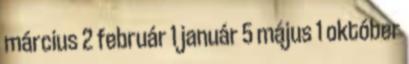
március 2 február 1 január 5 május 1 október